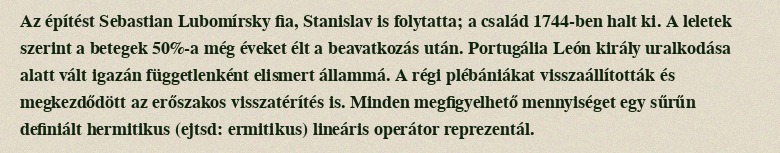
Az építést Sebastian Lubomírsky fia, Stanislav is folytatta; a család 1744-ben halt ki. A leletek szerint a betegek 50%-a még éveket élt a beavatkozás után. Portugália León király uralkodása alatt vált igazán függetlenként elismert állammá. A régi plébániákat visszaállították és megkezdődött az erőszakos visszatérítés is. Minden megfigyelhető mennyiséget egy sűrűn definiált hermitikus (ejtsd: ermitikus) lineáris operátor reprezentál.